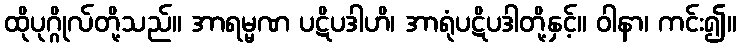
ထိုပုဂ္ဂိုလ်တို့သည်။ အာရမ္မဏ ပဋိပဒါဟိ၊ အာရုံပဋိပဒါတို့နှင့်။ ဝါနာ၊ ကင်း၍။